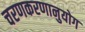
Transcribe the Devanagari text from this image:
चरणकरणानुयोग